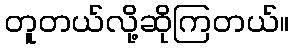
တူတယ်လို့ဆိုကြတယ်။